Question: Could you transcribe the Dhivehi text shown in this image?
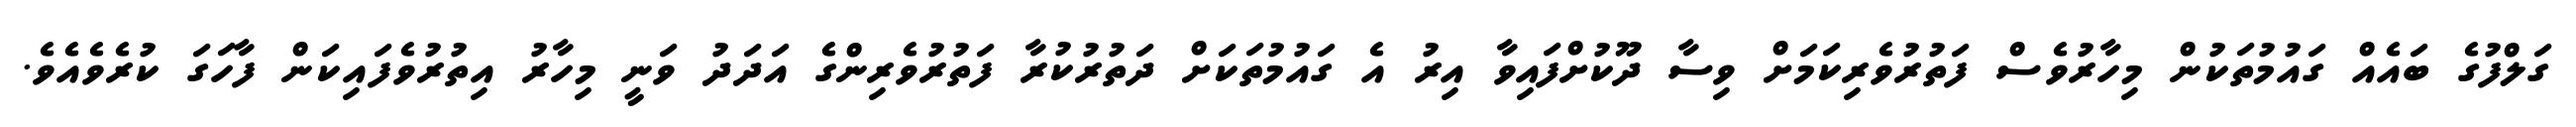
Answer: ގަލްފުގެ ބައެއް ގައުމުތަކުން މިހާރުވެސް ފަތުރުވެރިކަމަށް ވިސާ ދޫކުށްފައިވާ އިރު އެ ގައުމުތަކަށް ދަތުރުކުރާ ފަތުރުވެރިންގެ އަދަދު ވަނީ މިހާރު އިތުރުވެފައިކަން ފާހަގަ ކުރެވެއެވެ.